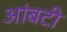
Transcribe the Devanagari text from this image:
आंबटी